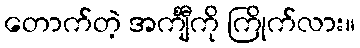
တောက်တဲ့ အင်္ကျီကို ကြိုက်လား။